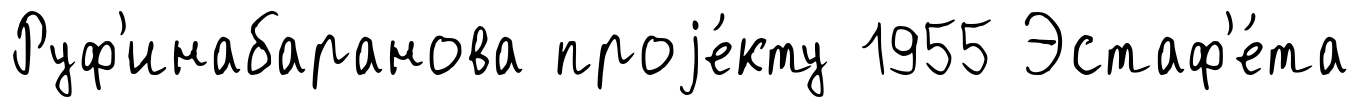
Руф'инабаранова проjе́кту 1955 Эстаф'е́та